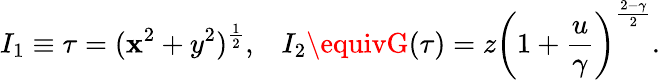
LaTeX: I_{1}\equiv\tau=(\mathbf{x}^{2}+y^{2})^{\frac{{1}}{{2}}},\; \; \; I_{2}\equivG(\tau)=z\left(1+{\frac{{u}}{{\gamma}}}\right)^{\frac{{2-\gamma}}{{2}}}.